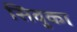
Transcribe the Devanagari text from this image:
सिवुका